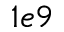
1 e 9